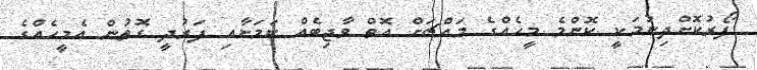
ފޯރުކޮށްދިނުމަކީ ކޮންމެ މީހެއްގެ މައްޗަށް އޮތް ވާޖިބެއް ކަމަށާއި ފަރުދީ ގޮތުން އެމީހެއްގެ